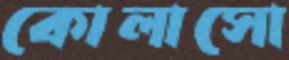
কোলাসো